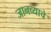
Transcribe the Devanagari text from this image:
जानव्याचे